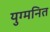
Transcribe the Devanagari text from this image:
युग्‍मनित